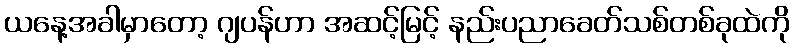
ယနေ့အခါမှာတော့ ဂျပန်ဟာ အဆင့်မြင့် နည်းပညာခေတ်သစ်တစ်ခုထဲကို